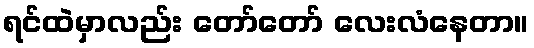
ရင်ထဲမှာလည်း တော်တော် လေးလံနေတာ။